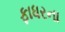
ફાધરના